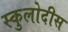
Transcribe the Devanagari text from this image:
स्कुलोदीस